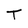
Character: T